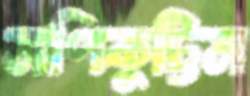
মণিকুট্টিম